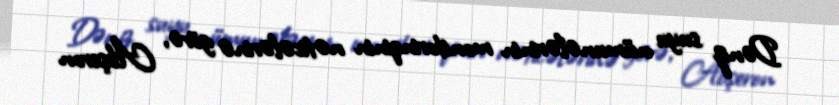
Dəniz suyu nümunələrinin monitorinqinin nəticələrinə görə, Abşeron